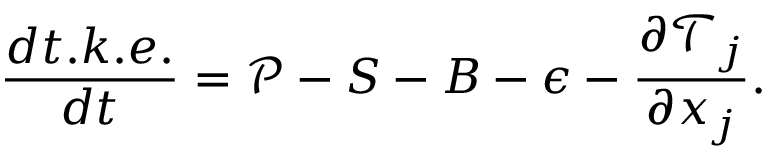
\frac { d t . k . e . } { d t } = \mathcal { P } - S - B - \epsilon - \frac { \partial \mathcal { T } _ { j } } { \partial x _ { j } } .